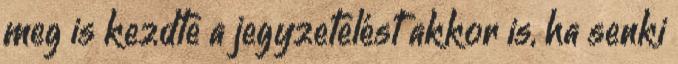
meg is kezdte a jegyzetelést akkor is, ha senki